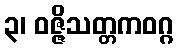
၃၊ ဝဇ္ဇိသတ္တကဝဂ္ဂ